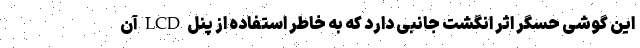
این گوشی حسگر اثر انگشت جانبی دارد که به خاطر استفاده از پنل LCD آن